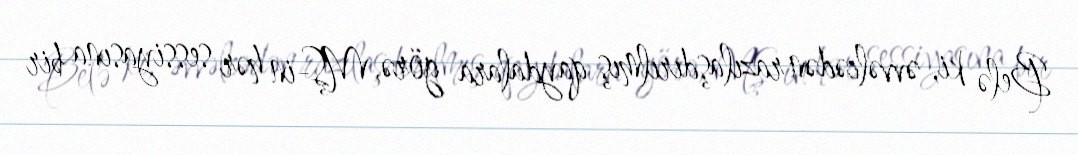
Belə ki, əvvəlcədən razılaşdırılmış qaydalara görə, MŞ-in hər sessiyasına bir